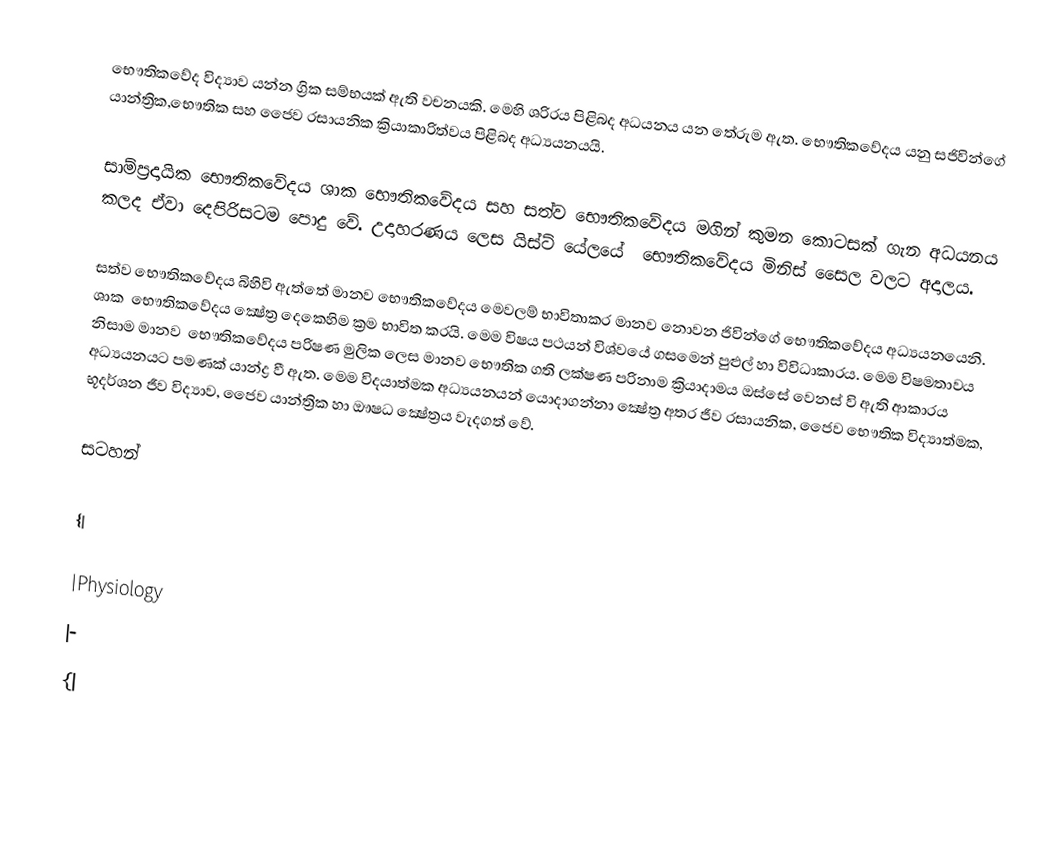
‍භෞතිකවේද විද්‍යාව යන්න ග්‍රික සම්භයක් ඇති වචනයකි. මෙහි ශරිරය පිළිබද අධයනය යන තේරුම ඇත. ‍‍භෞතිකවේදය යනු සජිවින්ගේ යාන්ත්‍රික,භෞතික සහ ජෛව රසායනික ක්‍රියාකාරිත්වය පිළිබද අධ්‍යයනයයි.

සාම්ප්‍රදායික භෞතිකවේදය ශාක භෞතිකවේදය සහ සත්ව භෞතිකවේදය මගින් කුමන කොටසක් ගැන අධයනය කලද ඒවා දෙපිරිසටම පොදු වේ. උදාහරණය ලෙස යිස්‍ට් යේලයේ ‍‍ භෞතිකවේදය මිනිස් සෛල වලට අදාලය.

සත්ව භෞතිකවේදය බිහිවි ඇත්තේ මානව භෞතිකවේදය මෙවලම් භාවිතාකර මානව නොවන ජිවින්ගේ ‍භෞතිකවේදය අධ්‍යයනයෙනි. ශාක ‍ භෞතිකවේදය ක්‍ෂේත්‍ර දෙකෙහිම ක්‍රම භාවිත කරයි. මෙම විෂය පථයන් විශ්වයේ ගසමෙන් පුළුල් හා විවිධාකාරය. මෙම විෂමතාවය නිසාම මානව ‍ භෞතිකවේදය පරිෂණ මුලික ලෙස මානව භෞතික ගති ලක්ෂණ පරිනාම ක්‍රියාදාමය ඔස්සේ වෙනස් වි ඇති ආකාරය අධ්‍යයනයට පමණක් යාන්ද්‍ර වී ඇත. මෙම විදයාත්මක අධ්‍යයනයන් යොදාගන්නා ක්‍ෂේත්‍ර අතර ජීව රසායනික, ජෛව‍ භෞතික විද්‍යාත්මක, භූදර්ශන ජීව විද්‍යාව, ජෛව යාන්ත්‍රික හා ‍ඖෂධ ක්‍ෂේත්‍රය වැදගත් වේ.

සටහන්

{|

|Physiology
|-
{|